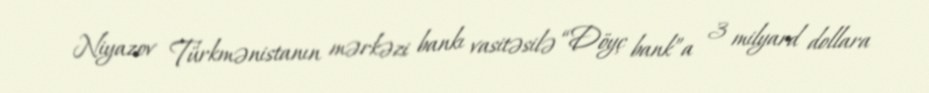
Niyazov Türkmənistanın mərkəzi bankı vasitəsilə “Döyç bank”a 3 milyard dollara